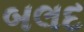
બલદ